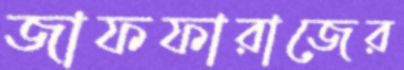
জাফফারাজের